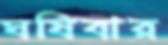
ঘষিবার